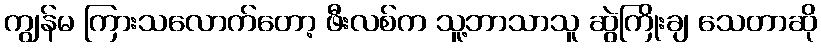
ကျွန်မ ကြားသလောက်တော့ ဖီးလစ်က သူ့ဘာသာသူ ဆွဲကြိုးချ သေတာဆို